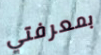
بمعرفتي